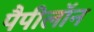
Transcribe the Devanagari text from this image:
पैपीलॉन